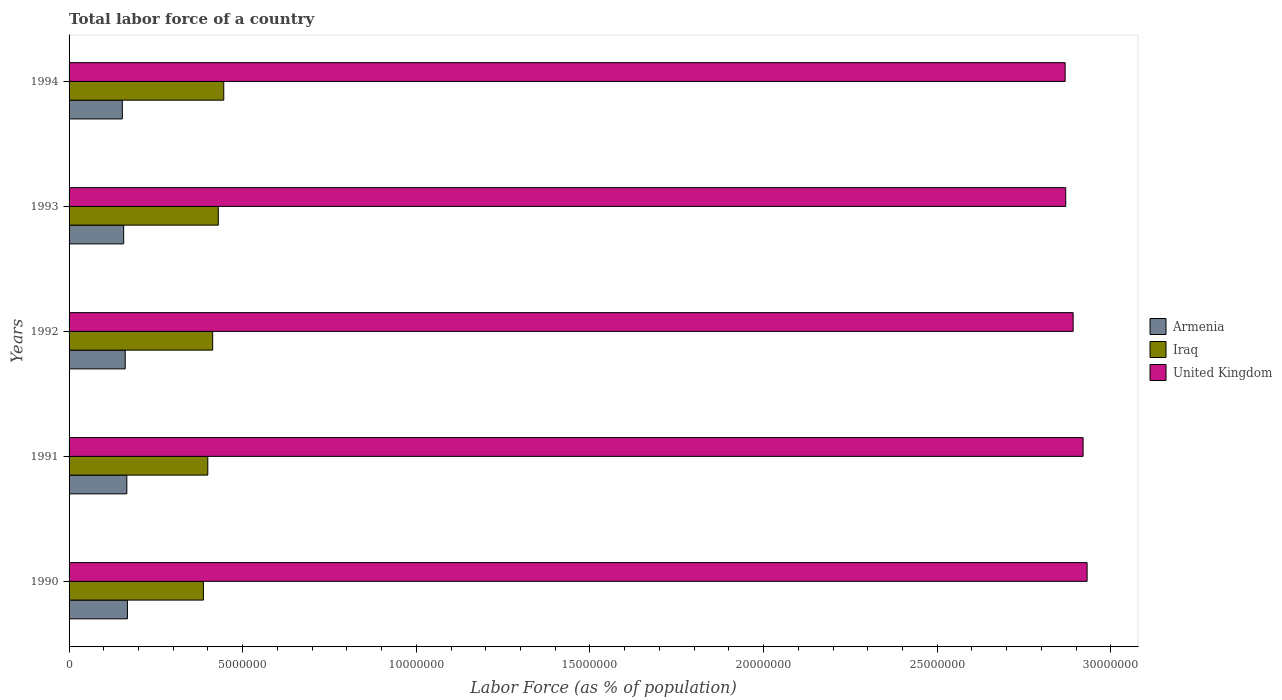
| Years | Armenia | Iraq | United Kingdom |
 | --- | --- | --- | --- |
 | 1990 | 1.68e+06 | 3.87e+06 | 2.93e+07 |
 | 1991 | 1.66e+06 | 4e+06 | 2.92e+07 |
 | 1992 | 1.62e+06 | 4.14e+06 | 2.89e+07 |
 | 1993 | 1.57e+06 | 4.3e+06 | 2.87e+07 |
 | 1994 | 1.53e+06 | 4.45e+06 | 2.87e+07 |